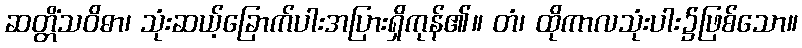
ဆတ္တိံသဝိဓာ၊ သုံးဆယ့်ခြောက်ပါးအပြားရှိကုန်၏။ တံ၊ ထိုကာလသုံးပါး၌ဖြစ်သော။